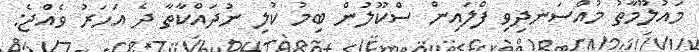
މައުލޫމާތު މުއްސަނދިވި ފްލައިން ސްކޫލުން ބިމު ކުލި ނުދައްކާތާ ދެ އަހަރު ވެއްޖެ: